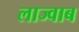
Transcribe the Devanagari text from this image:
लाज्वाब